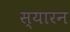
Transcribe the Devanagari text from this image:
स्यारन